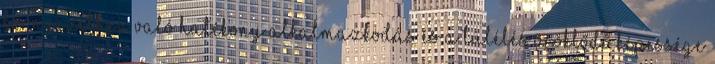
környezethez való hatékony alkalmazkodás és a túlélés öröklődő képessége